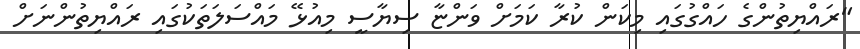
"ރައްޔިތުންގެ ހައްގުގައި މިކަން ކުރާ ކަމަށް ވަންޏާ ސިޔާސީ މިއުޅޭ މައްސަލަތަކުގައި ރައްޔިތުންނަށް